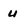
Character: u